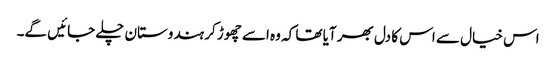
اس خیال سے اس کا دل بھر آیا تھا کہ وہ اسے چھوڑ کر ہندوستان چلے جائیں گے۔